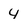
Character: 4